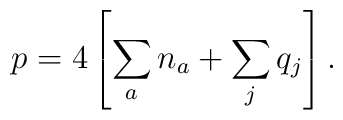
p = 4 \left[ \sum_a n_a + \sum_j q_j \right] .